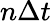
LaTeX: n\Delta t